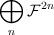
LaTeX: \begin{align*}\bigoplus_n {\cal F}^{2n}\end{align*}